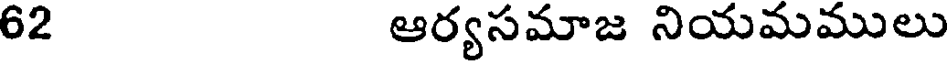
62 ఆర్యసమాజ నియమములు